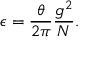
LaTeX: \epsilon = \frac { \theta } { 2 \pi } \frac { g ^ { 2 } } { N } .